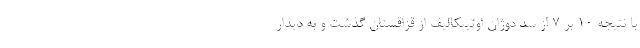
با نتیجه ۱۰ بر ۷ از سد دوژان اوتیپکالیف از قزاقستان گذشت و به دیدار